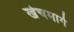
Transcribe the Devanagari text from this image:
खेचमार्ग